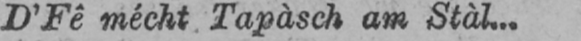
D’Fê mécht Tapàsch am Stàl..